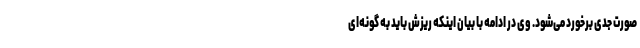
صورت جدی برخورد می‌شود. وی در ادامه با بیان اینکه ریزش باید به گونه‌ای